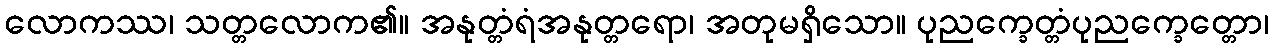
လောကဿ၊ သတ္တလောက၏။ အနုတ္တံရံအနုတ္တရော၊ အတုမရှိသော။ ပုညက္ခေတ္တံပုညက္ခေတ္တော၊